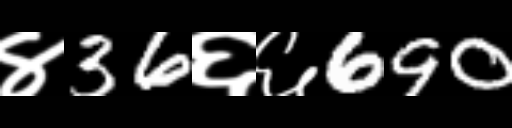
Text: ४36६६690